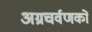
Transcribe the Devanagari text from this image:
अग्रचर्वणकों